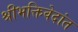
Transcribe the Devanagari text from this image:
श्रीभक्तिवेदांत